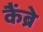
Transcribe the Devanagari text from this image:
कैंब्रे